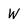
Character: W